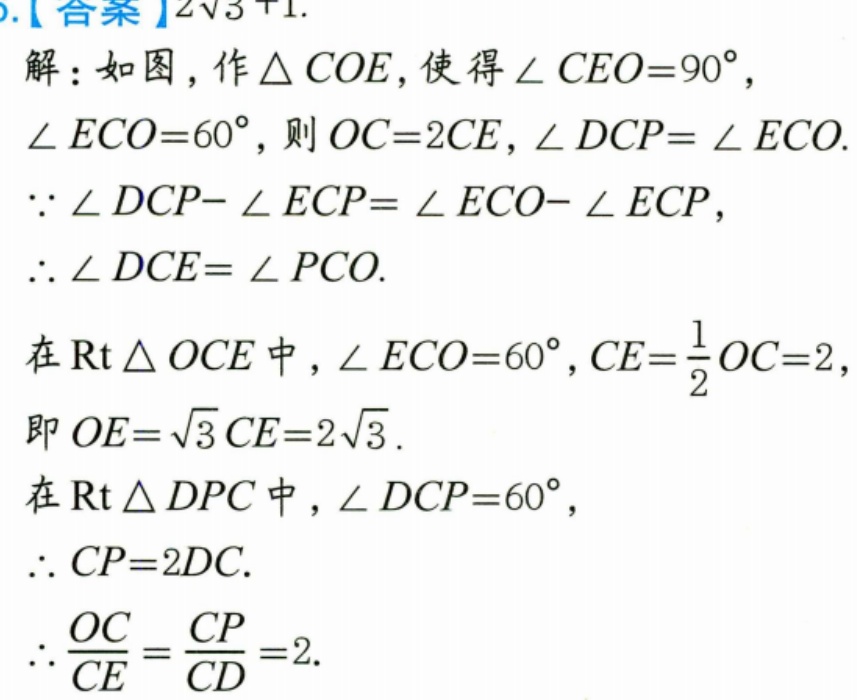
【答案】\(2\sqrt{3}+1\).
解：如图，作\(\triangle COE\)，使得\(\angle CEO = 90^{\circ}\)，
\(\angle ECO = 60^{\circ}\)，则\(OC = 2CE\)，\(\angle DCP=\angle ECO\).
\(\because\angle DCP - \angle ECP=\angle ECO - \angle ECP\)，
\(\therefore\angle DCE=\angle PCO\).
在\(\text{Rt}\triangle OCE\)中，\(\angle ECO = 60^{\circ}\)，\(CE=\frac{1}{2}OC = 2\)，
即\(OE = \sqrt{3}CE = 2\sqrt{3}\).
在\(\text{Rt}\triangle DPC\)中，\(\angle DCP = 60^{\circ}\)，
\(\therefore CP = 2DC\).
\(\therefore\frac{OC}{CE}=\frac{CP}{CD}=2\).